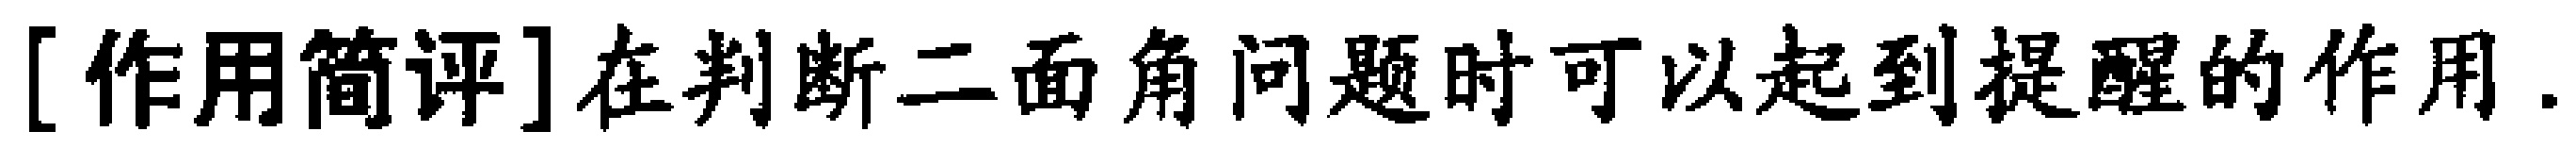
[作用简评]在判断二面角问题时可以起到提醒的作用.